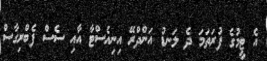
އެ ޓީމުގެ ފުރަތަމަ ދެ ލަނޑު އަންދްރޭ އިނިއެސްޓާ އާއި ސެސް ފެބްރިގާސް